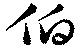
伯